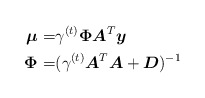
\begin{align*}\boldsymbol{\mu}=&\gamma^{(t)}\boldsymbol{\Phi}\boldsymbol{A}^T\boldsymbol{y}\\\boldsymbol{\Phi}=&(\gamma^{(t)}\boldsymbol{A}^T\boldsymbol{A}+\boldsymbol{D})^{-1}\end{align*}